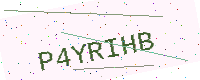
Text: P4YRIHB